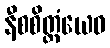
နီစစိတ္တံယေဝ